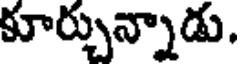
కూర్చున్నాడు.